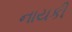
નાયકી